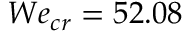
W e _ { c r } = 5 2 . 0 8